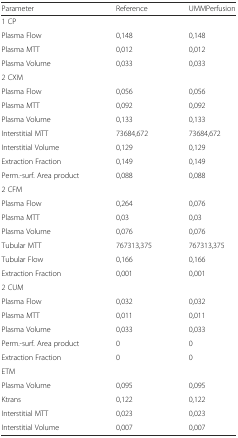
<table><thead><tr><td><b>Parameter</b></td><td><b>Reference</b></td><td><b>UMMPerfusion</b></td></tr></thead><tbody><tr><td colspan="3">1 CP</td></tr><tr><td>Plasma Flow</td><td>0,148</td><td>0,148</td></tr><tr><td>Plasma MTT</td><td>0,012</td><td>0,012</td></tr><tr><td>Plasma Volume</td><td>0,033</td><td>0,033</td></tr><tr><td colspan="3">2 CXM</td></tr><tr><td>Plasma Flow</td><td>0,056</td><td>0,056</td></tr><tr><td>Plasma MTT</td><td>0,092</td><td>0,092</td></tr><tr><td>Plasma Volume</td><td>0,133</td><td>0,133</td></tr><tr><td>Interstitial MTT</td><td>73684,672</td><td>73684,672</td></tr><tr><td>Interstitial Volume</td><td>0,129</td><td>0,129</td></tr><tr><td>Extraction Fraction</td><td>0,149</td><td>0,149</td></tr><tr><td>Perm.-surf. Area product</td><td>0,088</td><td>0,088</td></tr><tr><td colspan="3">2 CFM</td></tr><tr><td>Plasma Flow</td><td>0,264</td><td>0,076</td></tr><tr><td>Plasma MTT</td><td>0,03</td><td>0,03</td></tr><tr><td>Plasma Volume</td><td>0,076</td><td>0,076</td></tr><tr><td>Tubular MTT</td><td>767313,375</td><td>767313,375</td></tr><tr><td>Tubular Flow</td><td>0,166</td><td>0,166</td></tr><tr><td>Extraction Fraction</td><td>0,001</td><td>0,001</td></tr><tr><td colspan="3">2 CUM</td></tr><tr><td>Plasma Flow</td><td>0,032</td><td>0,032</td></tr><tr><td>Plasma MTT</td><td>0,011</td><td>0,011</td></tr><tr><td>Plasma Volume</td><td>0,033</td><td>0,033</td></tr><tr><td>Perm.-surf. Area product</td><td>0</td><td>0</td></tr><tr><td>Extraction Fraction</td><td>0</td><td>0</td></tr><tr><td colspan="3">ETM</td></tr><tr><td>Plasma Volume</td><td>0,095</td><td>0,095</td></tr><tr><td>Ktrans</td><td>0,122</td><td>0,122</td></tr><tr><td>Interstitial MTT</td><td>0,023</td><td>0,023</td></tr><tr><td>Interstitial Volume</td><td>0,007</td><td>0,007</td></tr></tbody></table>